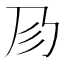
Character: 𢒀